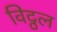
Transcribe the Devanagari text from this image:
विट्ठल